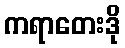
ကရာတေးဒို